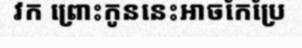
វក ព្រោះកូននេះអាចកែប្រែ